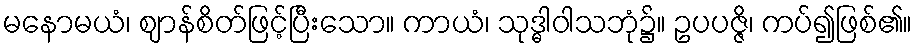
မနောမယံ၊ ဈာန်စိတ်ဖြင့်ပြီးသော။ ကာယံ၊ သုဒ္ဓါဝါသဘုံ၌။ ဥပပဇ္ဇိ၊ ကပ်၍ဖြစ်၏။